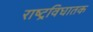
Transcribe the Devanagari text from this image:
राष्ट्रविघातक